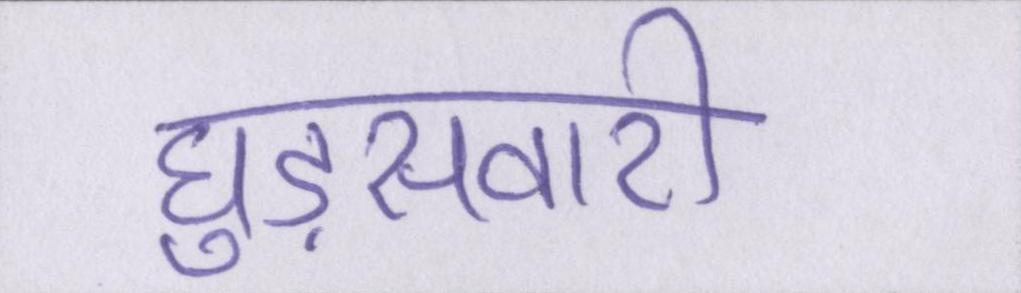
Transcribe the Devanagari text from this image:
घुड़सवारी